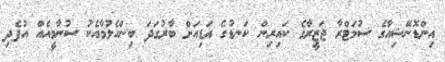
އިންޑޮނޭޝިއާގެ ސުމަޓްރާ ޖަޒީރާގެ ކައިރިން ކަނޑުގެ އަޑިއަށް ބާރުގަދަ ބިންހެލުމާއެކު ސުނާމީއެއް އުފެދި